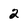
Character: 2